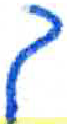
אות: ך